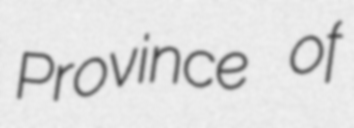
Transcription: Province of